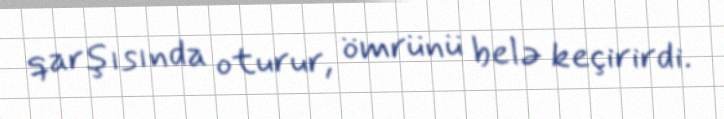
qarşısında oturur, ömrünü belə keçirirdi.